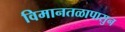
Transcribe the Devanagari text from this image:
विमानतळापासुन